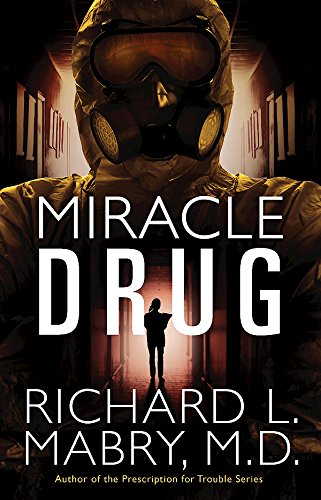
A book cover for Miracle Drug; Richard L. Mabry M.D.; Christian Books & Bibles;